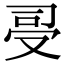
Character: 𠭈